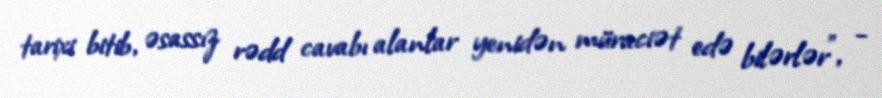
tarixi bitib, əsassız rədd cavabı alanlar yenidən müraciət edə bilərlər”, -